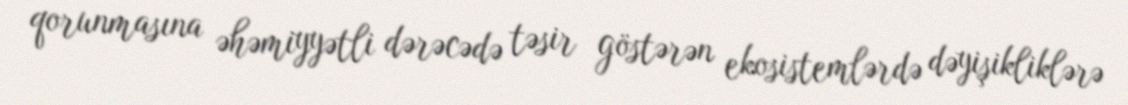
qorunmasına əhəmiyyətli dərəcədə təsir göstərən ekosistemlərdə dəyişikliklərə